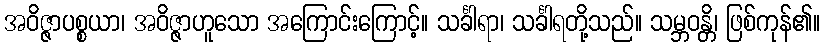
အဝိဇ္ဇာပစ္စယာ၊ အဝိဇ္ဇာဟူသော အကြောင်းကြောင့်။ သင်္ခါရာ၊ သင်္ခါရတို့သည်။ သမ္ဘဝန္တိ၊ ဖြစ်ကုန်၏။